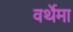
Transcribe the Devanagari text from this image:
वर्थेमा